65_HS1-834228961_62-HQ-83894_Section_10
Agency: FBI
Page 114
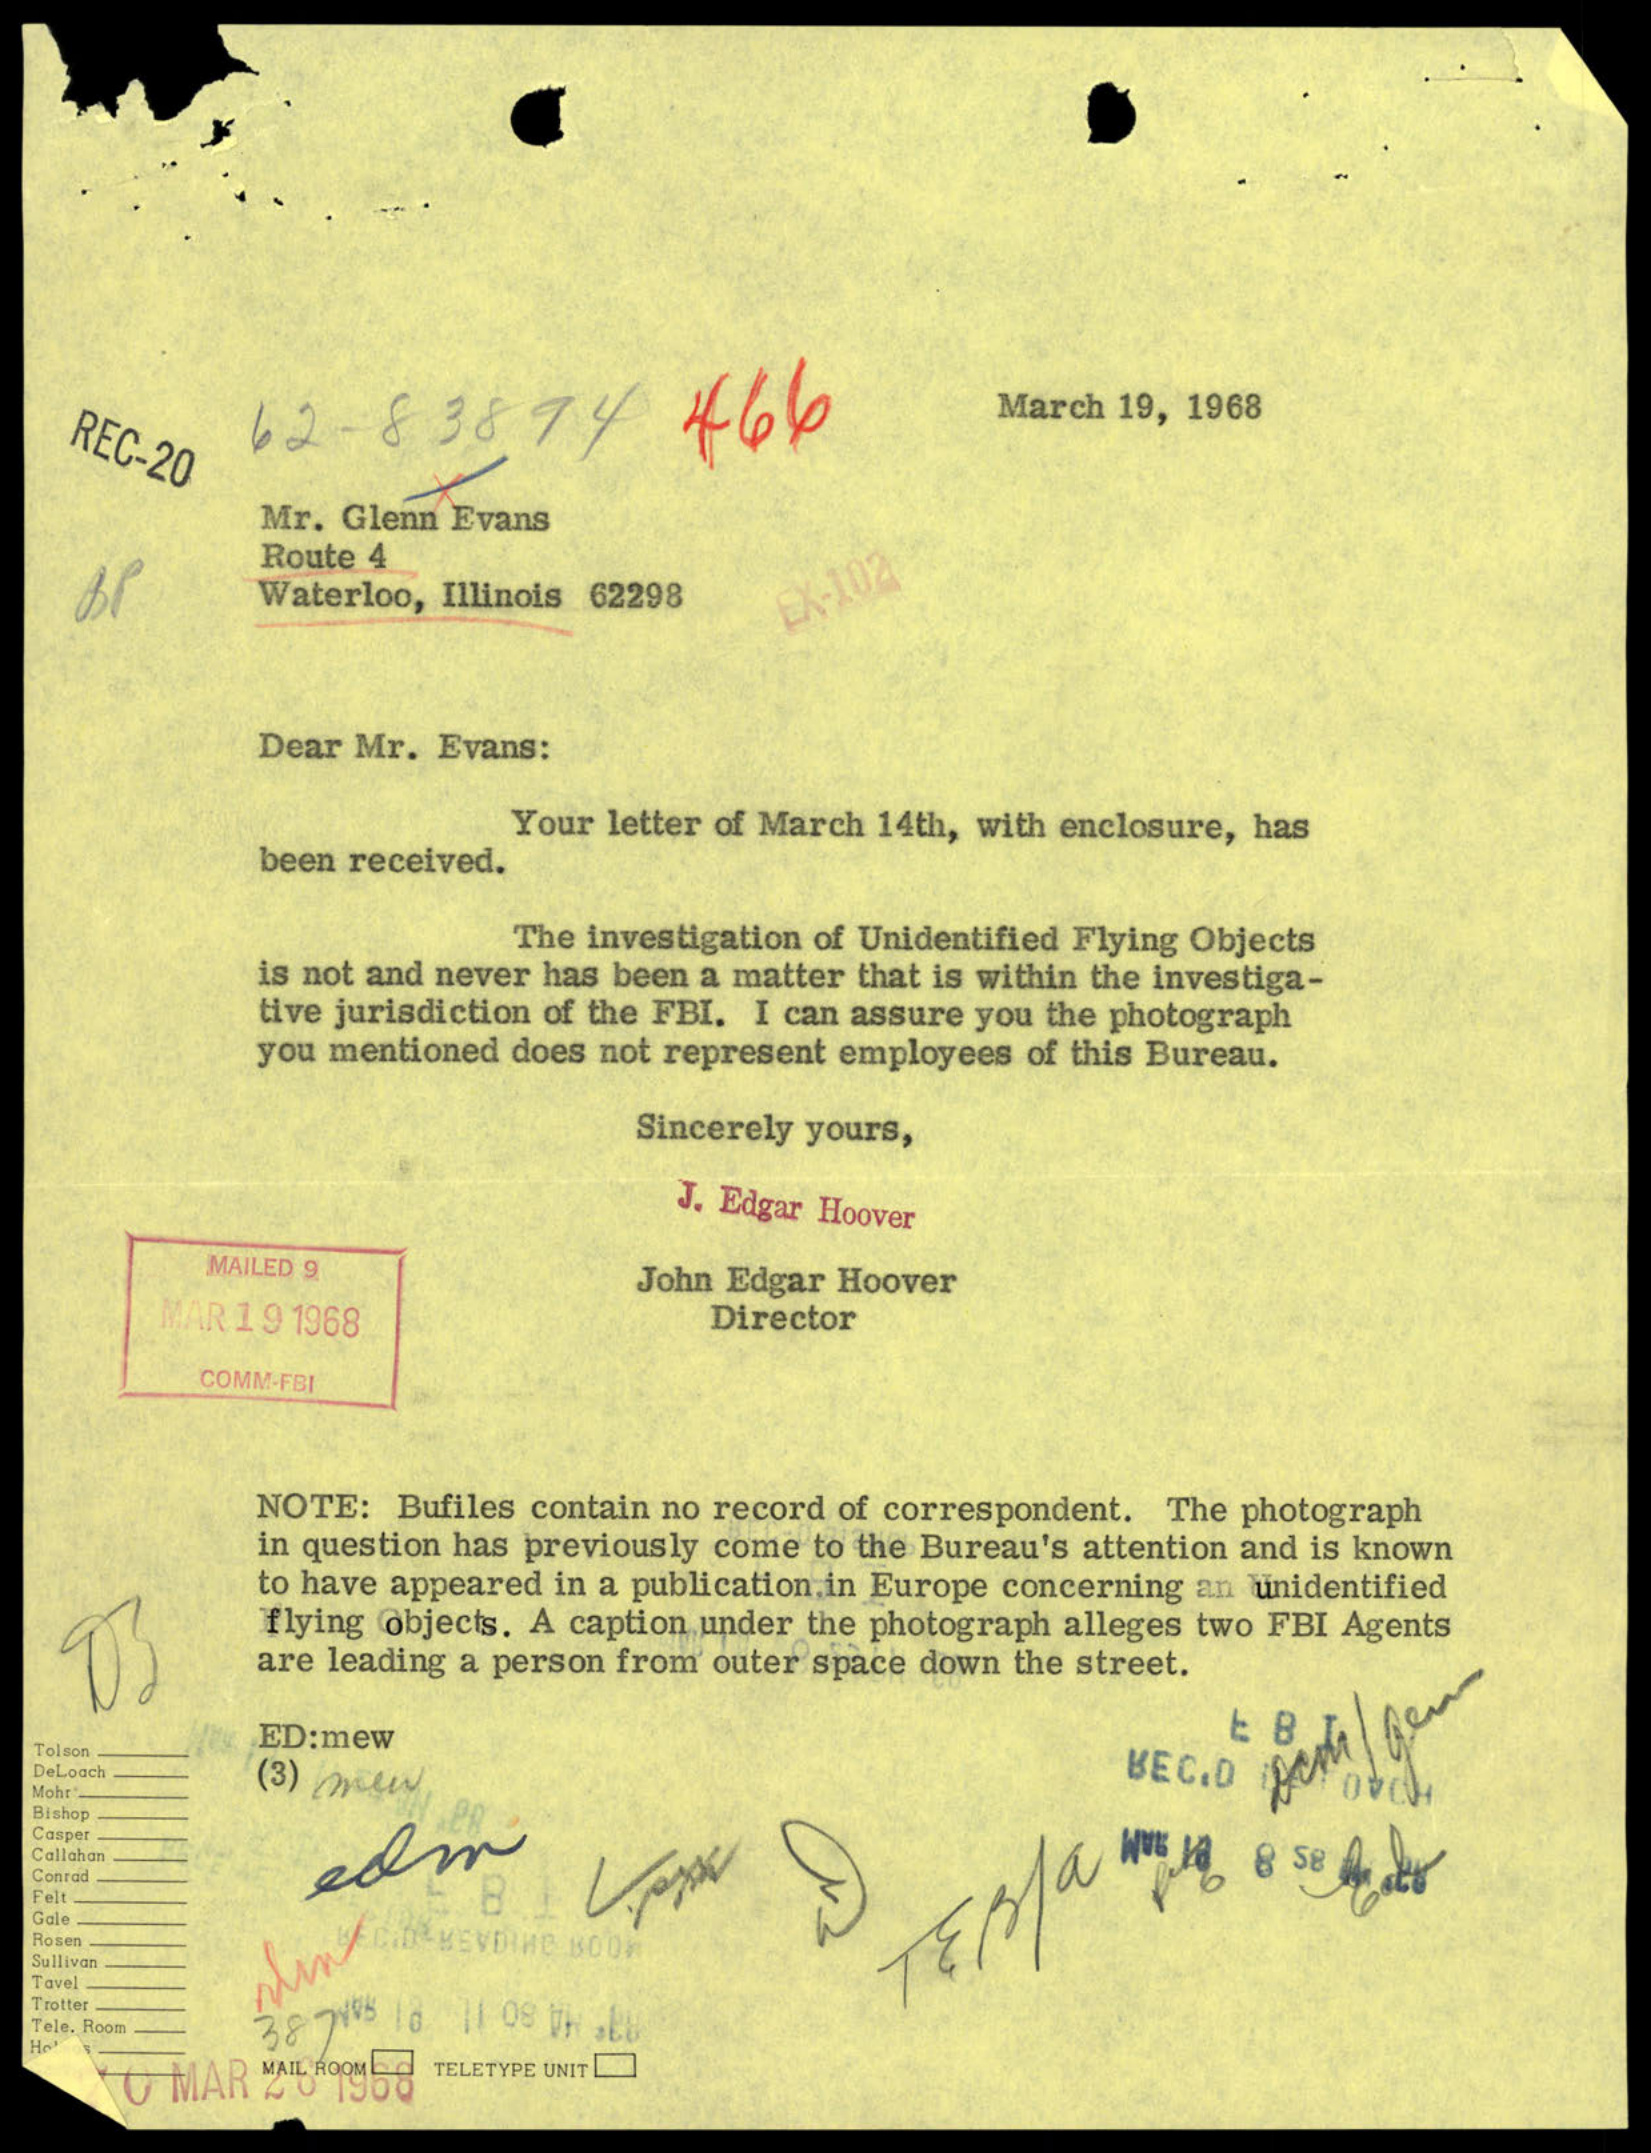